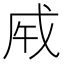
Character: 𢦩